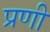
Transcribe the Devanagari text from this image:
प्रणी